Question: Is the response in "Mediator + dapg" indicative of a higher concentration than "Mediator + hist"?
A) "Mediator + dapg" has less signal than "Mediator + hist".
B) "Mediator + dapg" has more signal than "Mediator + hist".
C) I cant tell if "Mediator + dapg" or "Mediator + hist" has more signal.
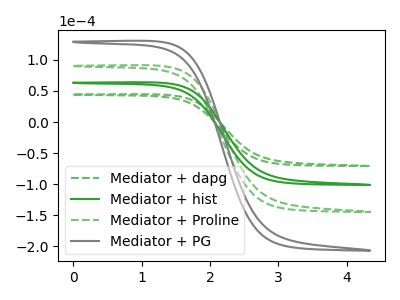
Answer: <think>The green dashed curve "Mediator + dapg" has no peaks. The green curve "Mediator + hist" has no peaks. The green dashed curve "Mediator + Proline" has no peaks. The gray curve "Mediator + PG" has no peaks.
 Neither "Mediator + dapg" or "Mediator + hist" have any peaks.</think>
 <answer>C) I cant tell if "Mediator + dapg" or "Mediator + hist" has more signal.</answer>
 <eval>C</eval>